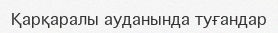
Қарқаралы ауданында туғандар